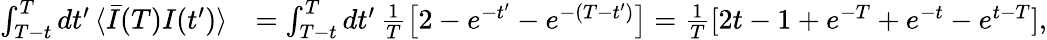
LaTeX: \begin{array}{rl}{\int_{T-t}^{T}dt^{\prime}\, \langle\bar{I}(T)I(t^{\prime})\rangle}&{=\int_{T-t}^{T}dt^{\prime}\, \frac{1}{T}\left[2-e^{-t^{\prime}}-e^{-(T-t^{\prime})}\right]=\frac{1}{T}[2t-1+e^{-T}+e^{-t}-e^{t-T}],}\end{array}